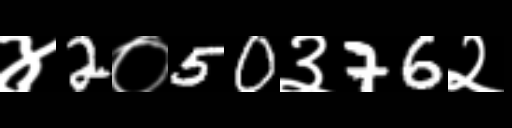
Text: ४2०50३76२